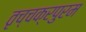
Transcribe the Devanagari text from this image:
तृच्चक्रपुरम